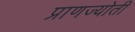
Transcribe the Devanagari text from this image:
प्राणज्योती